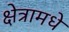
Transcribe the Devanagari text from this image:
क्षेत्रामधे